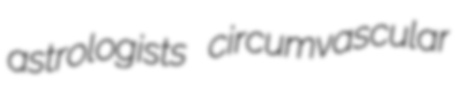
astrologists circumvascular